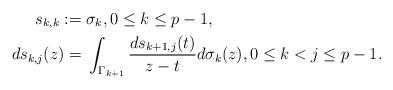
LaTeX: \begin{align*}s_{k,k}:={}&\sigma_k, 0\leq k\leq p-1,\\d s_{k,j}(z)={}&\int_{\Gamma_{k+1}} \frac{ds_{k+1,j}(t)}{z-t}d\sigma_k(z),0\leq k < j\leq p-1.\end{align*}